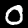
Digit: 0